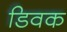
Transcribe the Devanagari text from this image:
डिवक